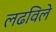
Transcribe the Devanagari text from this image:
लढविले